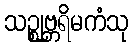
သဉ္ဈဗ္ဘရိမကံသု